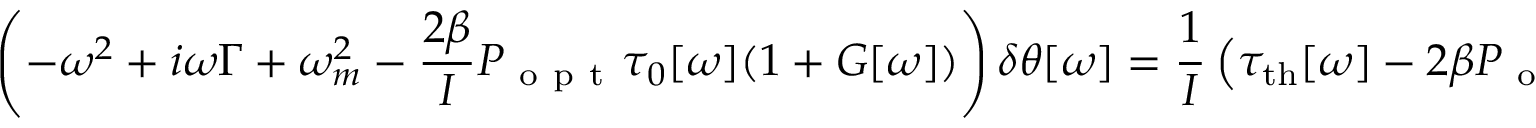
\left( - \omega ^ { 2 } + i \omega \Gamma + \omega _ { m } ^ { 2 } - \frac { 2 \beta } { I } P _ { \mathrm { ~ o ~ p ~ t ~ } } \tau _ { 0 } [ \omega ] ( 1 + G [ \omega ] ) \right) \delta \theta [ \omega ] = \frac { 1 } { I } \left( \tau _ { \mathrm { { t h } } } [ \omega ] - 2 \beta P _ { \mathrm { ~ o ~ p ~ t ~ } } \tau _ { 0 } [ \omega ] G [ \omega ] \theta _ { n } [ \omega ] \right) ,